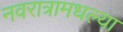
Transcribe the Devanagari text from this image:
नवरात्रामधल्या